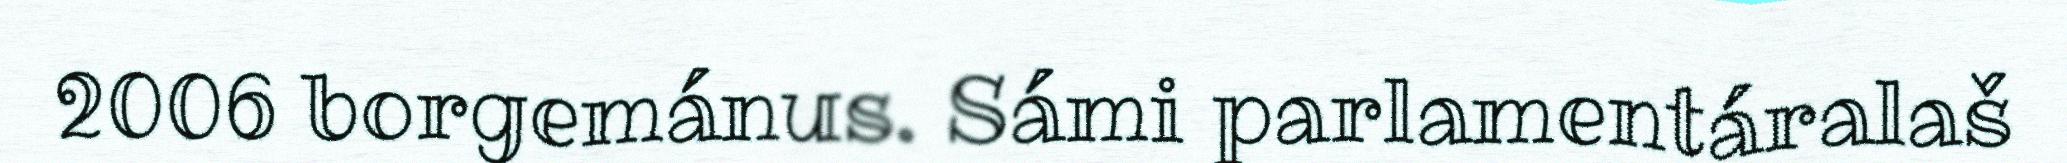
2006 borgemánus. Sámi parlamentáralaš